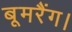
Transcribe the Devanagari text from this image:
बूमरैंग।